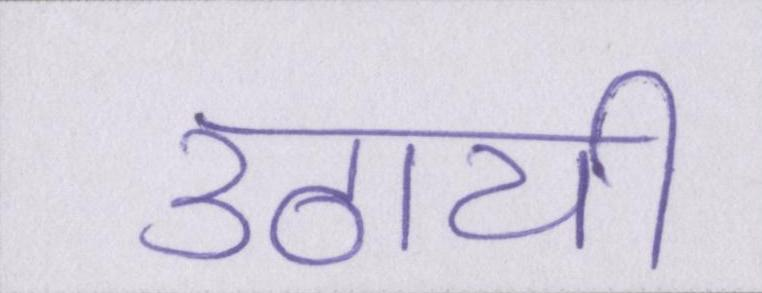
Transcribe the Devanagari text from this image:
उठायी